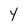
Character: Y